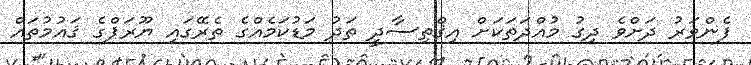
ފެންވަރު ދަށްވެ ދިގު މުއްދަތަކަށް އިޤްތިސާދީ ތަދު މަޑުކަމެއްގެ ތެރޭގައި ޔޫރަޕްގެ ޤައުމުތައް